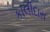
કાલીદાસ